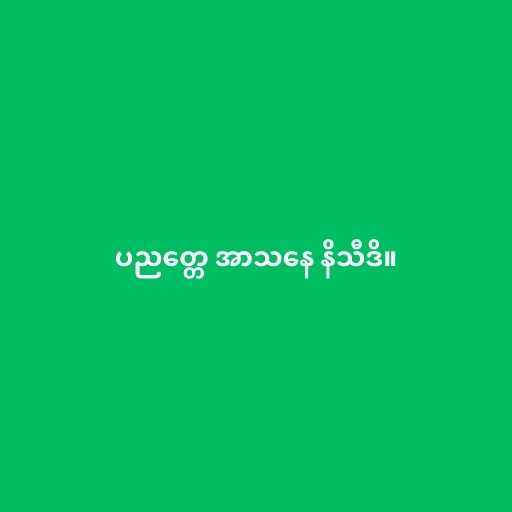
ပညတ္တေ အာသနေ နိသီဒိ။